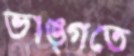
ভাঙ্গতে